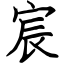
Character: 宸